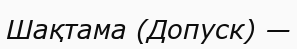
Шақтама (Допуск) —